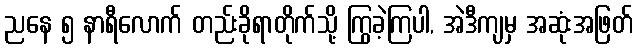
ညနေ ၅ နာရီလောက် တည်းခိုရာတိုက်သို့ ကြွခဲ့ကြပါ, အဲဒီကျမှ အဆုံးအဖြတ်